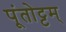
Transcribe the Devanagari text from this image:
पूंतोट्टम्